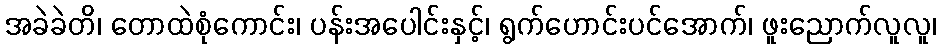
အခဲခဲတိ၊ တောထဲစုံကောင်း၊ ပန်းအပေါင်းနှင့်၊ ရွက်ဟောင်းပင်အောက်၊ ဖူးညောက်လူလူ၊